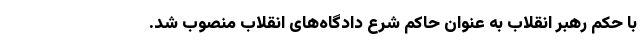
با حکم رهبر انقلاب به عنوان حاکم شرع دادگاه‌های انقلاب منصوب شد.